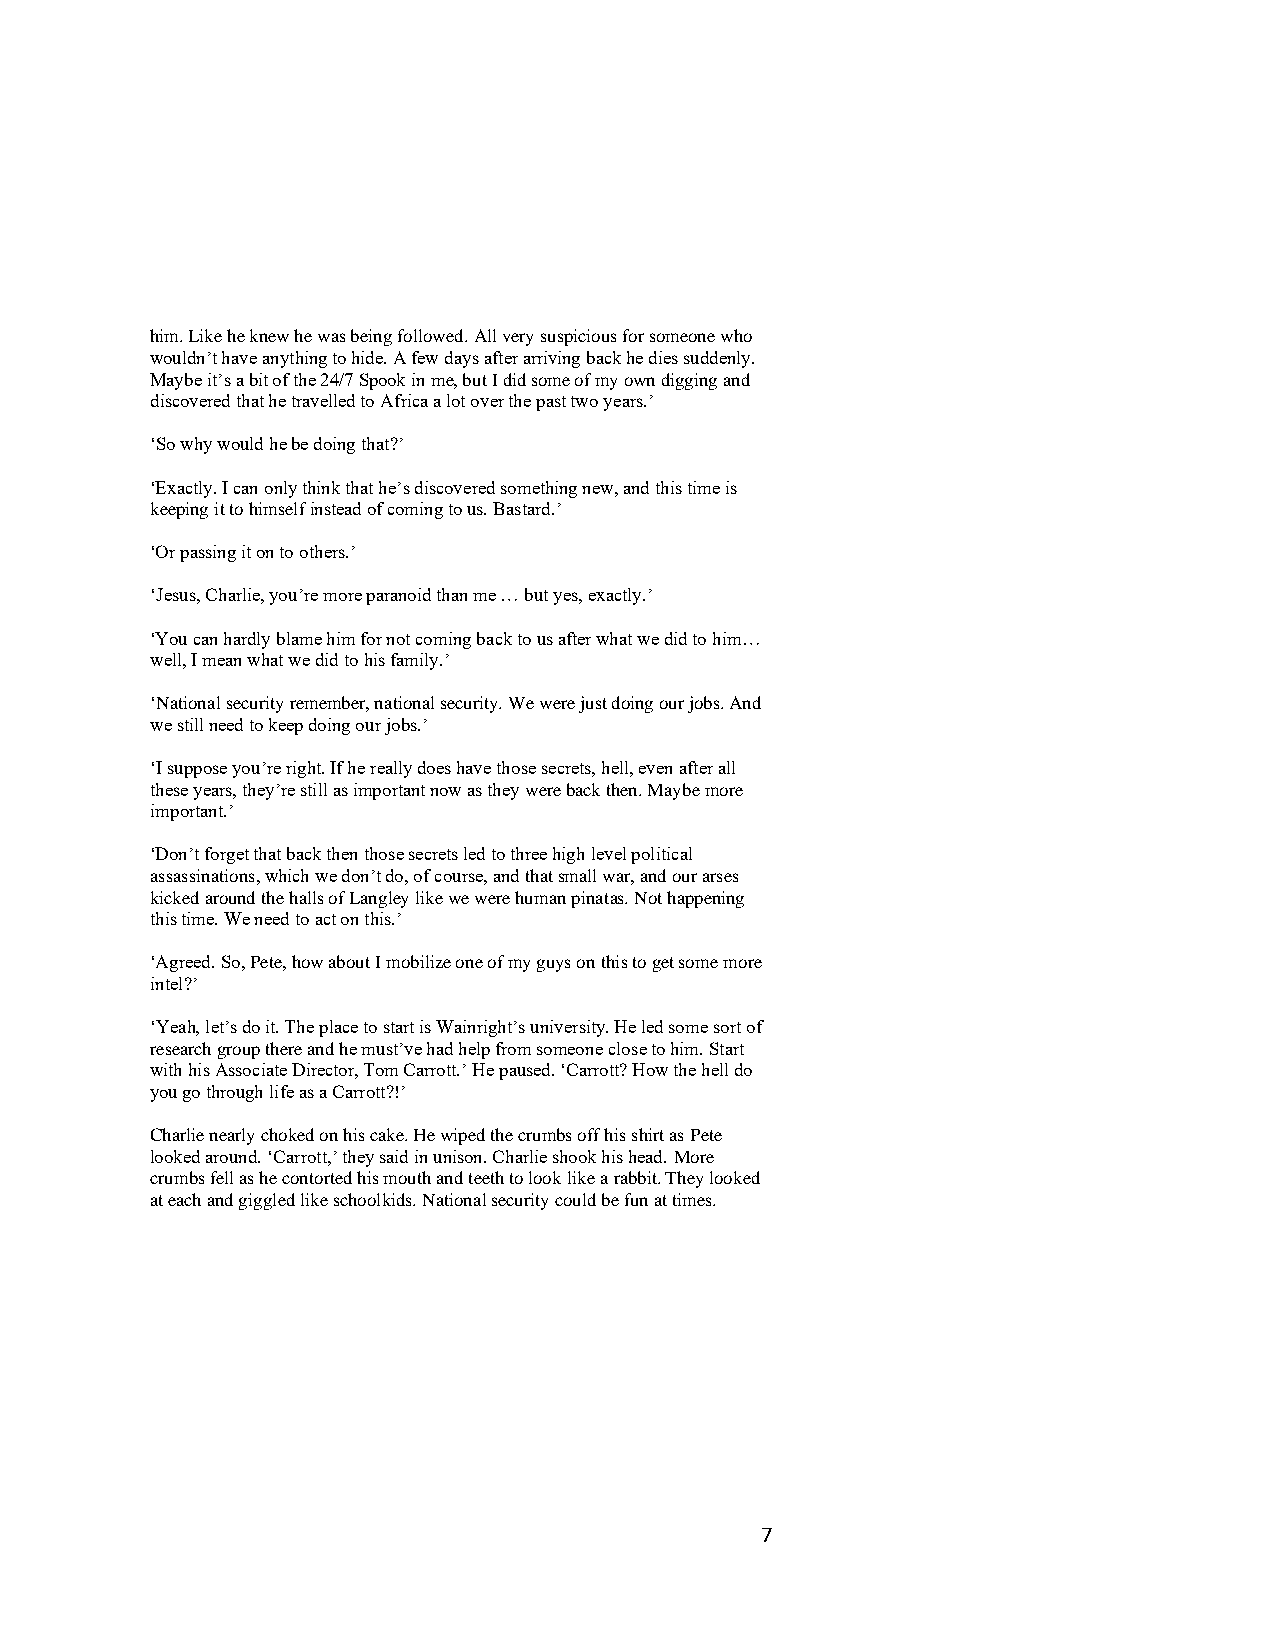
him. Like he knew he was being followed. All very suspicious for someone who
 wouldn’t have anything to hide. A few days after arriving back he dies suddenly.
 Maybe it’s a bit of the 24/7 Spook in me, but I did some of my own digging and
 discovered that he travelled to Africa a lot over the past two years.’
 ‘So why would he be doing that?’
 ‘Exactly. I can only think that he’s discovered something new, and this time is
 keeping it to himself instead of coming to us. Bastard.’
 ‘Or passing it on to others.’
 ‘Jesus, Charlie, you’re more paranoid than me … but yes, exactly.’
 ‘You can hardly blame him for not coming back to us after what we did to him…
 well, I mean what we did to his family.’
 ‘National security remember, national security. We were just doing our jobs. And
 we still need to keep doing our jobs.’
 ‘I suppose you’re right. If he really does have those secrets, hell, even after all
 these years, they’re still as important now as they were back then. Maybe more
 important.’
 ‘Don’t forget that back then those secrets led to three high level political
 assassinations, which we don’t do, of course, and that small war, and our arses
 kicked around the halls of Langley like we were human pinatas. Not happening
 this time. We need to act on this.’
 ‘Agreed. So, Pete, how about I mobilize one of my guys on this to get some more
 intel?’
 ‘Yeah, let’s do it. The place to start is Wainright’s university. He led some sort of
 research group there and he must’ve had help from someone close to him. Start
 with his Associate Director, Tom Carrott.’ He paused. ‘Carrott? How the hell do
 you go through life as a Carrott?!’
 Charlie nearly choked on his cake. He wiped the crumbs off his shirt as Pete
 looked around. ‘Carrott,’ they said in unison. Charlie shook his head. More
 crumbs fell as he contorted his mouth and teeth to look like a rabbit. They looked
 at each and giggled like schoolkids. National security could be fun at times.
 7